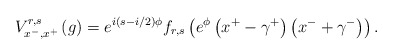
\begin{align*}V_{x^{-},x^{+}}^{r,s}\left( g\right) =e^{i\left( s-i/2\right) \phi}f_{r,s}\left( e^{\phi }\left( x^{+}-\gamma ^{+}\right) \left( x^{-}+\gamma^{-}\right) \right) .\end{align*}